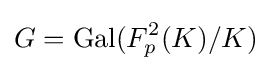
G=\mathrm {Gal} (F_{p}^{2}(K)/K)